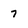
Character: 7